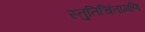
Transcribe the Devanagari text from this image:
स्तुतिचिंतामणि